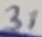
Text: 31